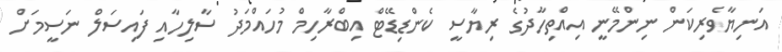
އަނިޔާވެރިކަން ނިންމޭނީ އިއްތިހާދުގެ ރިޔާސީ ކެންޑިޑޭޓް އިބްރާހިމް މުހައްމަދު ސާލިހާއި ފައިސަލް ނަސީމަށް